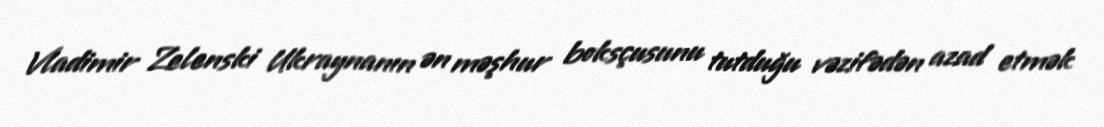
Vladimir Zelenski Ukraynanın ən məşhur boksçusunu tutduğu vəzifədən azad etmək